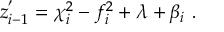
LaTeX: f ( x , Q ^ { 2 } ) \equiv f ^ { \rightarrow } ( x , Q ^ { 2 } ) + f ^ { \leftarrow } ( x , Q ^ { 2 } ) \; .